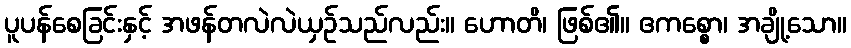
ပူပန်စေခြင်းနှင့် အဖန်တလဲလဲယှဉ်သည်လည်း။ ဟောတိ၊ ဖြစ်၏။ ဧကစ္စော၊ အချို့သော။